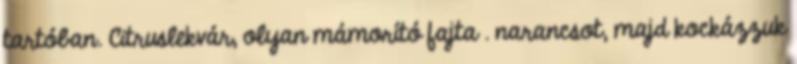
tartóban. Citruslekvár, olyan mámorító fajta . narancsot, majd kockázzuk